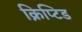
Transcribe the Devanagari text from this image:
क्रिप्टिड